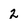
Character: 2